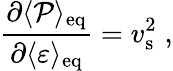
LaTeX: {\frac{\partial\langle{\cal P}\rangle_{\mathrm{eq}}}{\partial\langle\varepsilon\rangle_{\mathrm{eq}}}}=v_{\mathrm{s}}^{2}\; ,